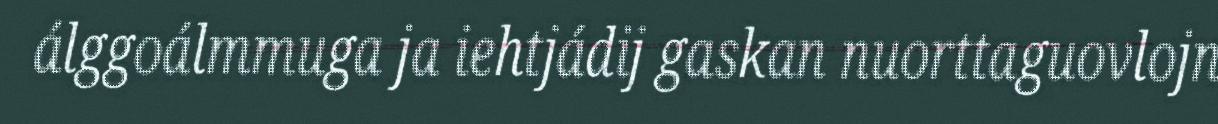
álggoálmmuga ja iehtjádij gaskan nuorttaguovlojn